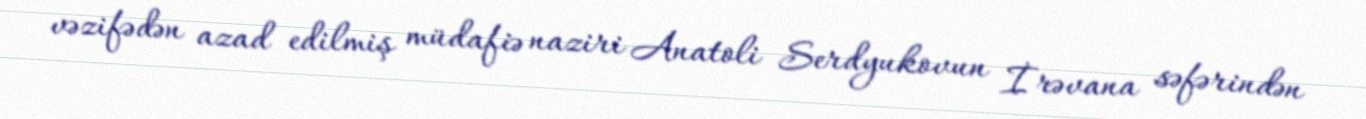
vəzifədən azad edilmiş müdafiə naziri Anatoli Serdyukovun İrəvana səfərindən